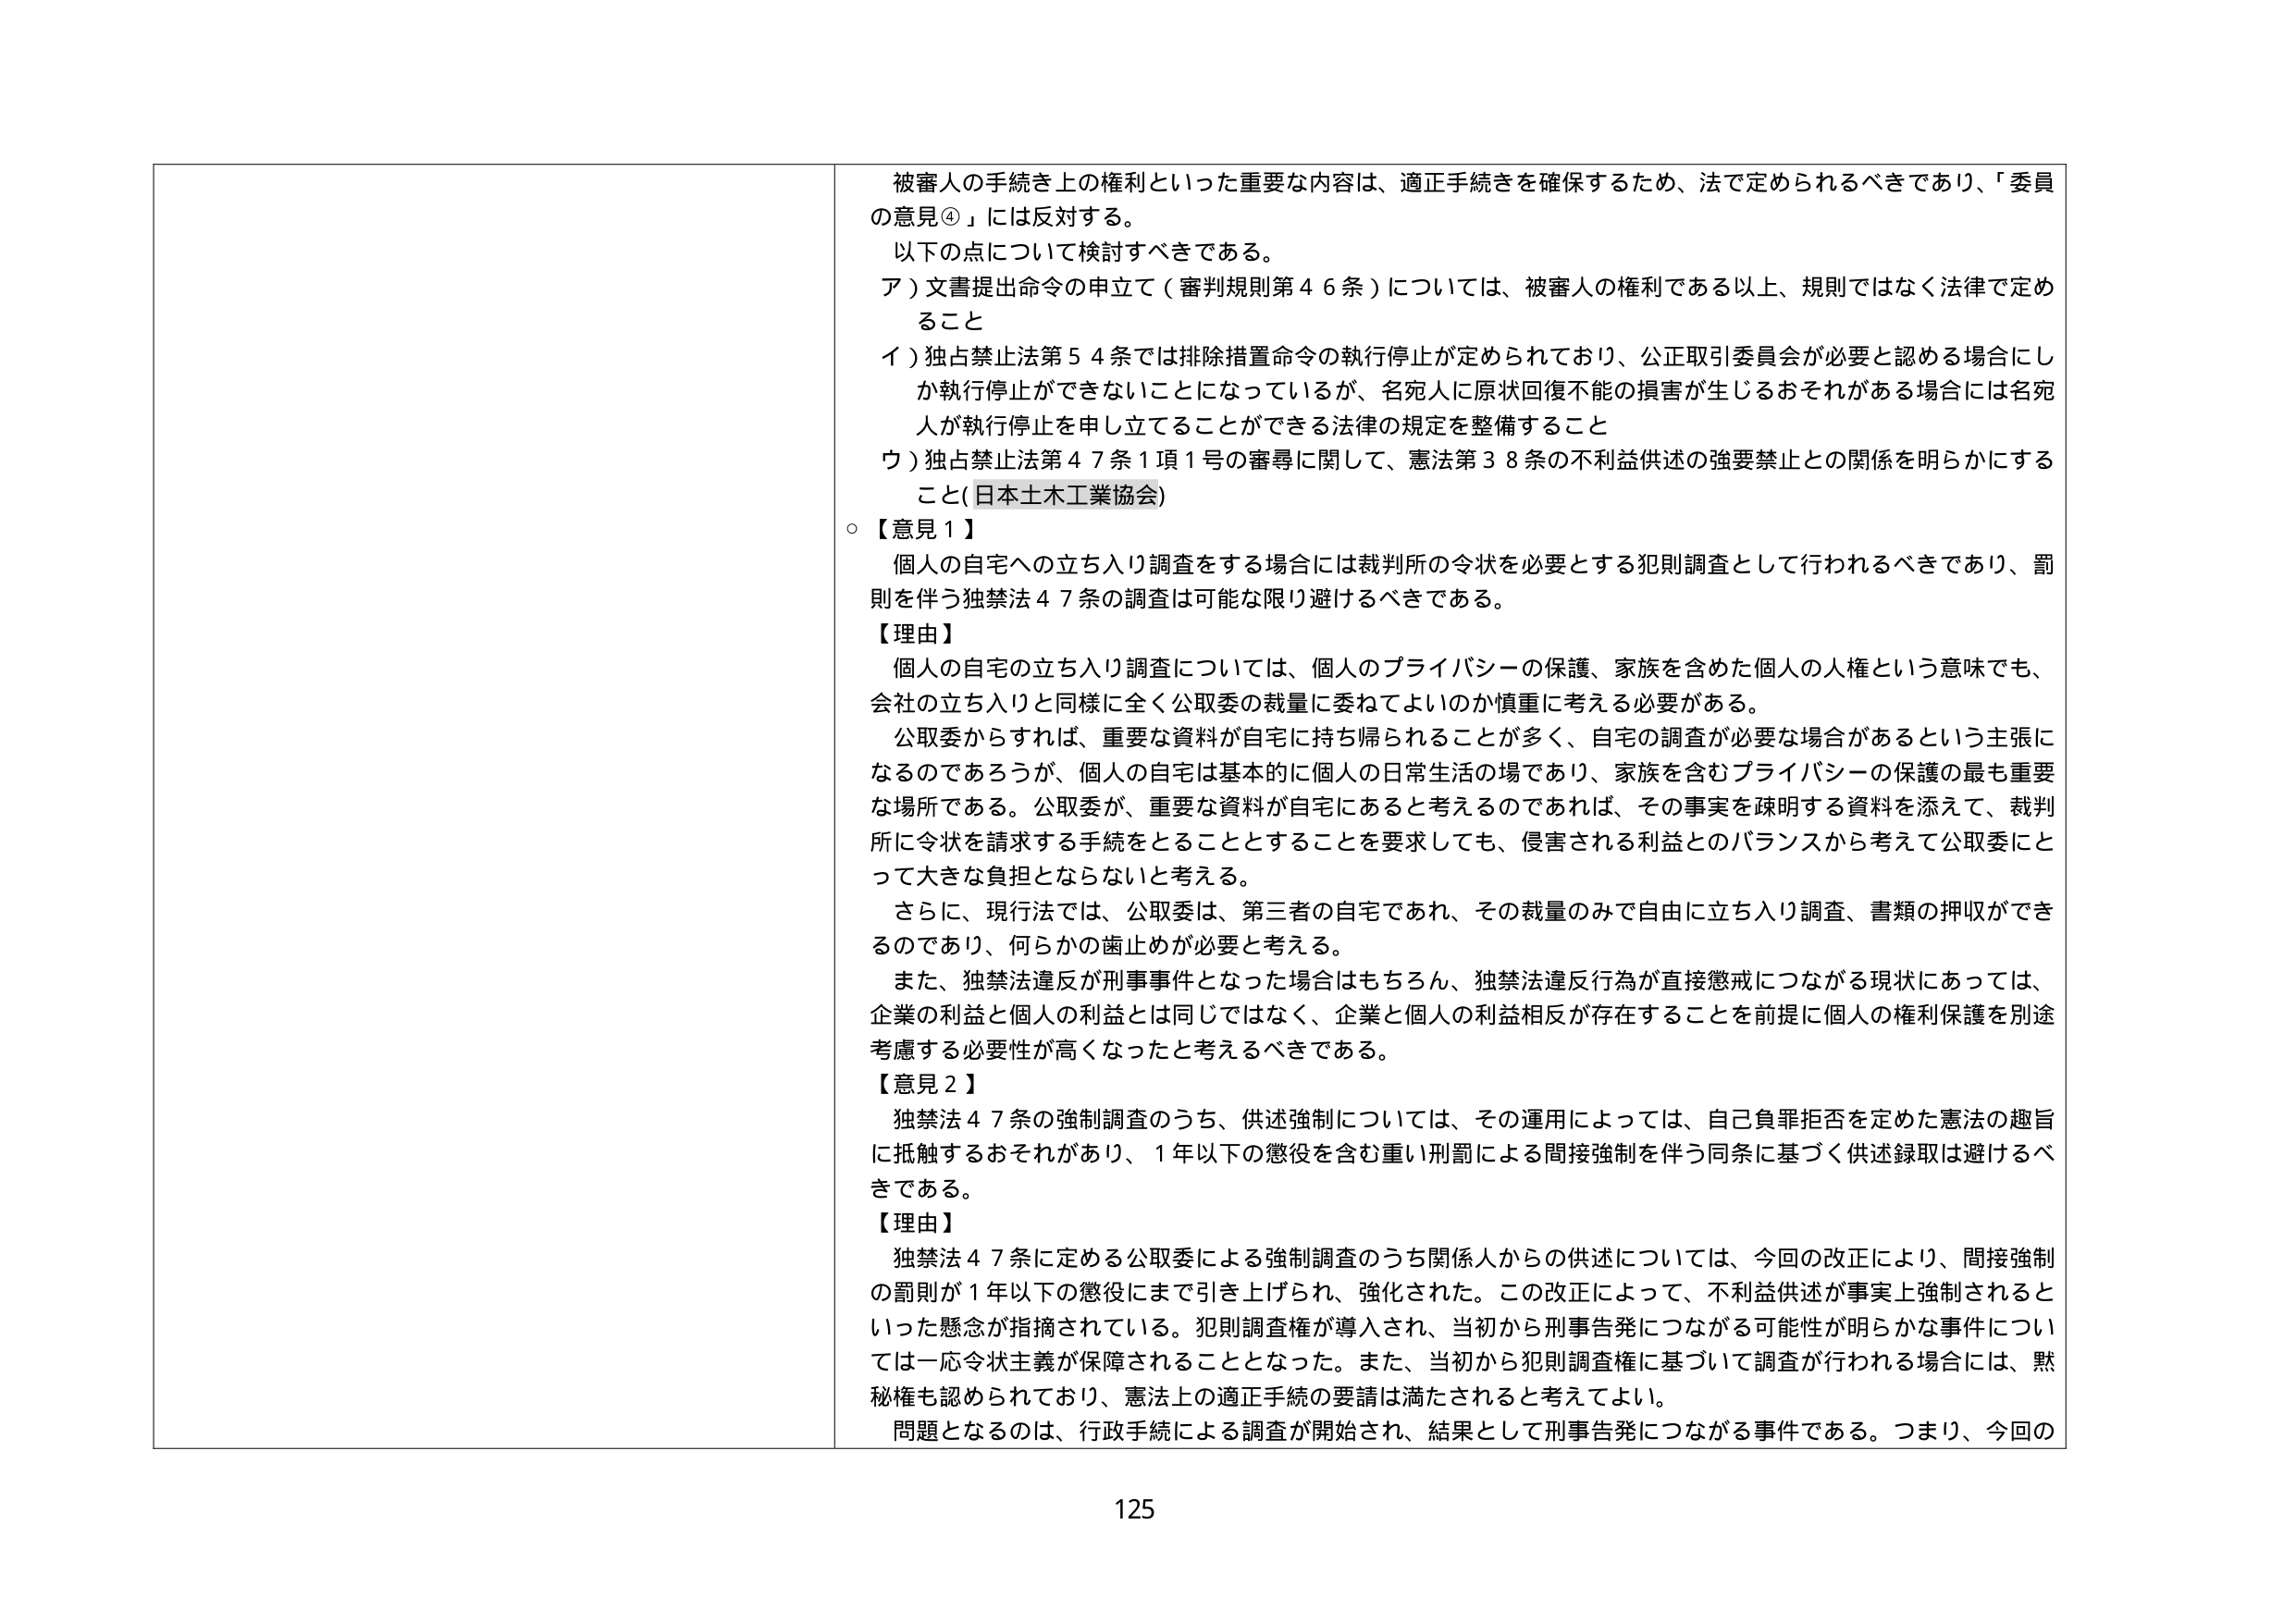
被審人の手続き上の権利といった重要な内容は、適正手続きを確保するため、法で定められるべきであり、「委員の意見④」には反対する。

以下の点について検討すべきである。

ア）文書提出命令の申立て（審判規則第４６条）については、被審人の権利である以上、規則ではなく法律で定めること

イ）独占禁止法第５４条では排除措置命令の執行停止が定められており、公正取引委員会が必要と認める場合にしか執行停止ができないことになっているが、名宛人に原状回復不能の損害が生じるおそれがある場合には名宛人が執行停止を申し立てることができる法律の規定を整備すること

ウ）独占禁止法第４７条１項１号の審尋に関して、憲法第３８条の不利益供述の強要禁止との関係を明らかにすること（日本土木工業協会）

○【意見１】
個人の自宅への立ち入り調査をする場合には裁判所の令状を必要とする犯則調査として行われるべきであり、罰則を伴う独禁法４７条の調査は可能な限り避けるべきである。

【理由】
個人の自宅の立ち入り調査については、個人のプライバシーの保護、家族を含めた個人の人権という意味でも、会社の立ち入りと同様に全く公取委の裁量に委ねてよいのか慎重に考える必要がある。

公取委からすれば、重要な資料が自宅に持ち帰られることが多く、自宅の調査が必要な場合があるという主張になるのであろうが、個人の自宅は基本的に個人の日常生活の場であり、家族を含むプライバシーの保護の最も重要な場所である。公取委が、重要な資料が自宅にあると考えるのであれば、その事実を疎明する資料を添えて、裁判所に令状を請求する手続をとることとすることを要求しても、侵害される利益とのバランスから考えて公取委にとって大きな負担とならないと考える。

さらに、現行法では、公取委は、第三者の自宅であれ、その裁量のみで自由に立ち入り調査、書類の押収ができるのであり、何らかの歯止めが必要と考える。

また、独禁法違反が刑事事件となった場合はもちろん、独禁法違反行為が直接懲戒につながる現状にあっては、企業の利益と個人の利益とは同じではなく、企業と個人の利益相反が存在することを前提に個人の権利保護を別途考慮する必要性が高くなったと考えるべきである。

【意見２】
独禁法４７条の強制調査のうち、供述強制については、その運用によっては、自己負罪拒否を定めた憲法の趣旨に抵触するおそれがあり、１年以下の懲役を含む重い刑罰による間接強制を伴う同条に基づく供述録取は避けるべきである。

【理由】
独禁法４７条に定める公取委による強制調査のうち関係人からの供述については、今回の改正により、間接強制の罰則が１年以下の懲役にまで引き上げられ、強化された。この改正によって、不利益供述が事実上強制されるといった懸念が指摘されている。犯則調査権が導入され、当初から刑事告発につながる可能性が明らかな事件については一応令状主義が保障されることとなった。また、当初から犯則調査権に基づいて調査が行われる場合には、黙秘権も認められており、憲法上の適正手続の要請は満たされると考えてよい。

問題となるのは、行政手続による調査が開始され、結果として刑事告発につながる事件である。つまり、今回の

125